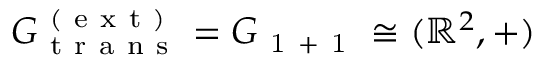
G _ { \mathrm { ~ t ~ r ~ a ~ n ~ s ~ } } ^ { \mathrm { ~ ( ~ e ~ x ~ t ~ ) ~ } } = G _ { \mathrm { ~ 1 ~ + ~ 1 ~ } } \cong ( \mathbb { R } ^ { 2 } , + )